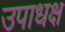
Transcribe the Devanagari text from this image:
उपाधक्ष